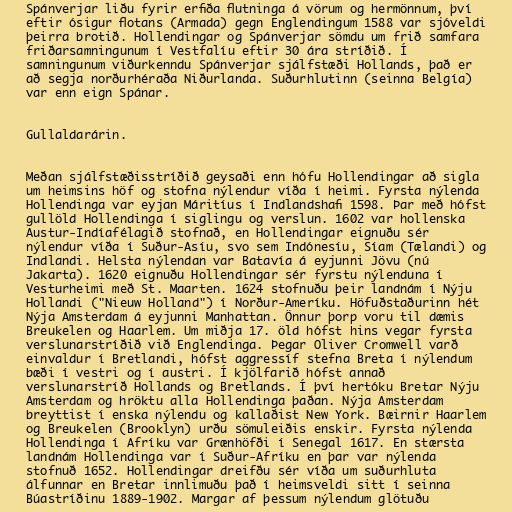
Spánverjar liðu fyrir erfiða flutninga á vörum og hermönnum, því
eftir ósigur flotans (Armada) gegn Englendingum 1588 var sjóveldi
þeirra brotið. Hollendingar og Spánverjar sömdu um frið samfara
friðarsamningunum í Vestfalíu eftir 30 ára stríðið. Í
samningunum viðurkenndu Spánverjar sjálfstæði Hollands, það er
að segja norðurhéraða Niðurlanda. Suðurhlutinn (seinna Belgía)
var enn eign Spánar.

Gullaldarárin.

Meðan sjálfstæðisstríðið geysaði enn hófu Hollendingar að sigla
um heimsins höf og stofna nýlendur víða í heimi. Fyrsta nýlenda
Hollendinga var eyjan Máritíus í Indlandshafi 1598. Þar með hófst
gullöld Hollendinga í siglingu og verslun. 1602 var hollenska
Austur-Indíafélagið stofnað, en Hollendingar eignuðu sér
nýlendur víða í Suður-Asíu, svo sem Indónesíu, Síam (Tælandi) og
Indlandi. Helsta nýlendan var Batavía á eyjunni Jövu (nú
Jakarta). 1620 eignuðu Hollendingar sér fyrstu nýlenduna í
Vesturheimi með St. Maarten. 1624 stofnuðu þeir landnám í Nýju
Hollandi ("Nieuw Holland") í Norður-Ameríku. Höfuðstaðurinn hét
Nýja Amsterdam á eyjunni Manhattan. Önnur þorp voru til dæmis
Breukelen og Haarlem. Um miðja 17. öld hófst hins vegar fyrsta
verslunarstríðið við Englendinga. Þegar Oliver Cromwell varð
einvaldur í Bretlandi, hófst aggressíf stefna Breta í nýlendum
bæði í vestri og í austri. Í kjölfarið hófst annað
verslunarstríð Hollands og Bretlands. Í því hertóku Bretar Nýju
Amsterdam og hröktu alla Hollendinga þaðan. Nýja Amsterdam
breyttist í enska nýlendu og kallaðist New York. Bæirnir Haarlem
og Breukelen (Brooklyn) urðu sömuleiðis enskir. Fyrsta nýlenda
Hollendinga í Afríku var Grænhöfði í Senegal 1617. En stærsta
landnám Hollendinga var í Suður-Afríku en þar var nýlenda
stofnuð 1652. Hollendingar dreifðu sér víða um suðurhluta
álfunnar en Bretar innlimuðu það í heimsveldi sitt í seinna
Búastríðinu 1889-1902. Margar af þessum nýlendum glötuðu